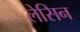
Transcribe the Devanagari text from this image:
लेसिन